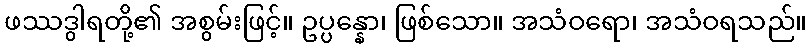
ဖဿဒွါရတို့၏ အစွမ်းဖြင့်။ ဥပ္ပန္နော၊ ဖြစ်သော။ အသံဝရော၊ အသံဝရသည်။